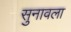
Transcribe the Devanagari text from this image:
सुनावला